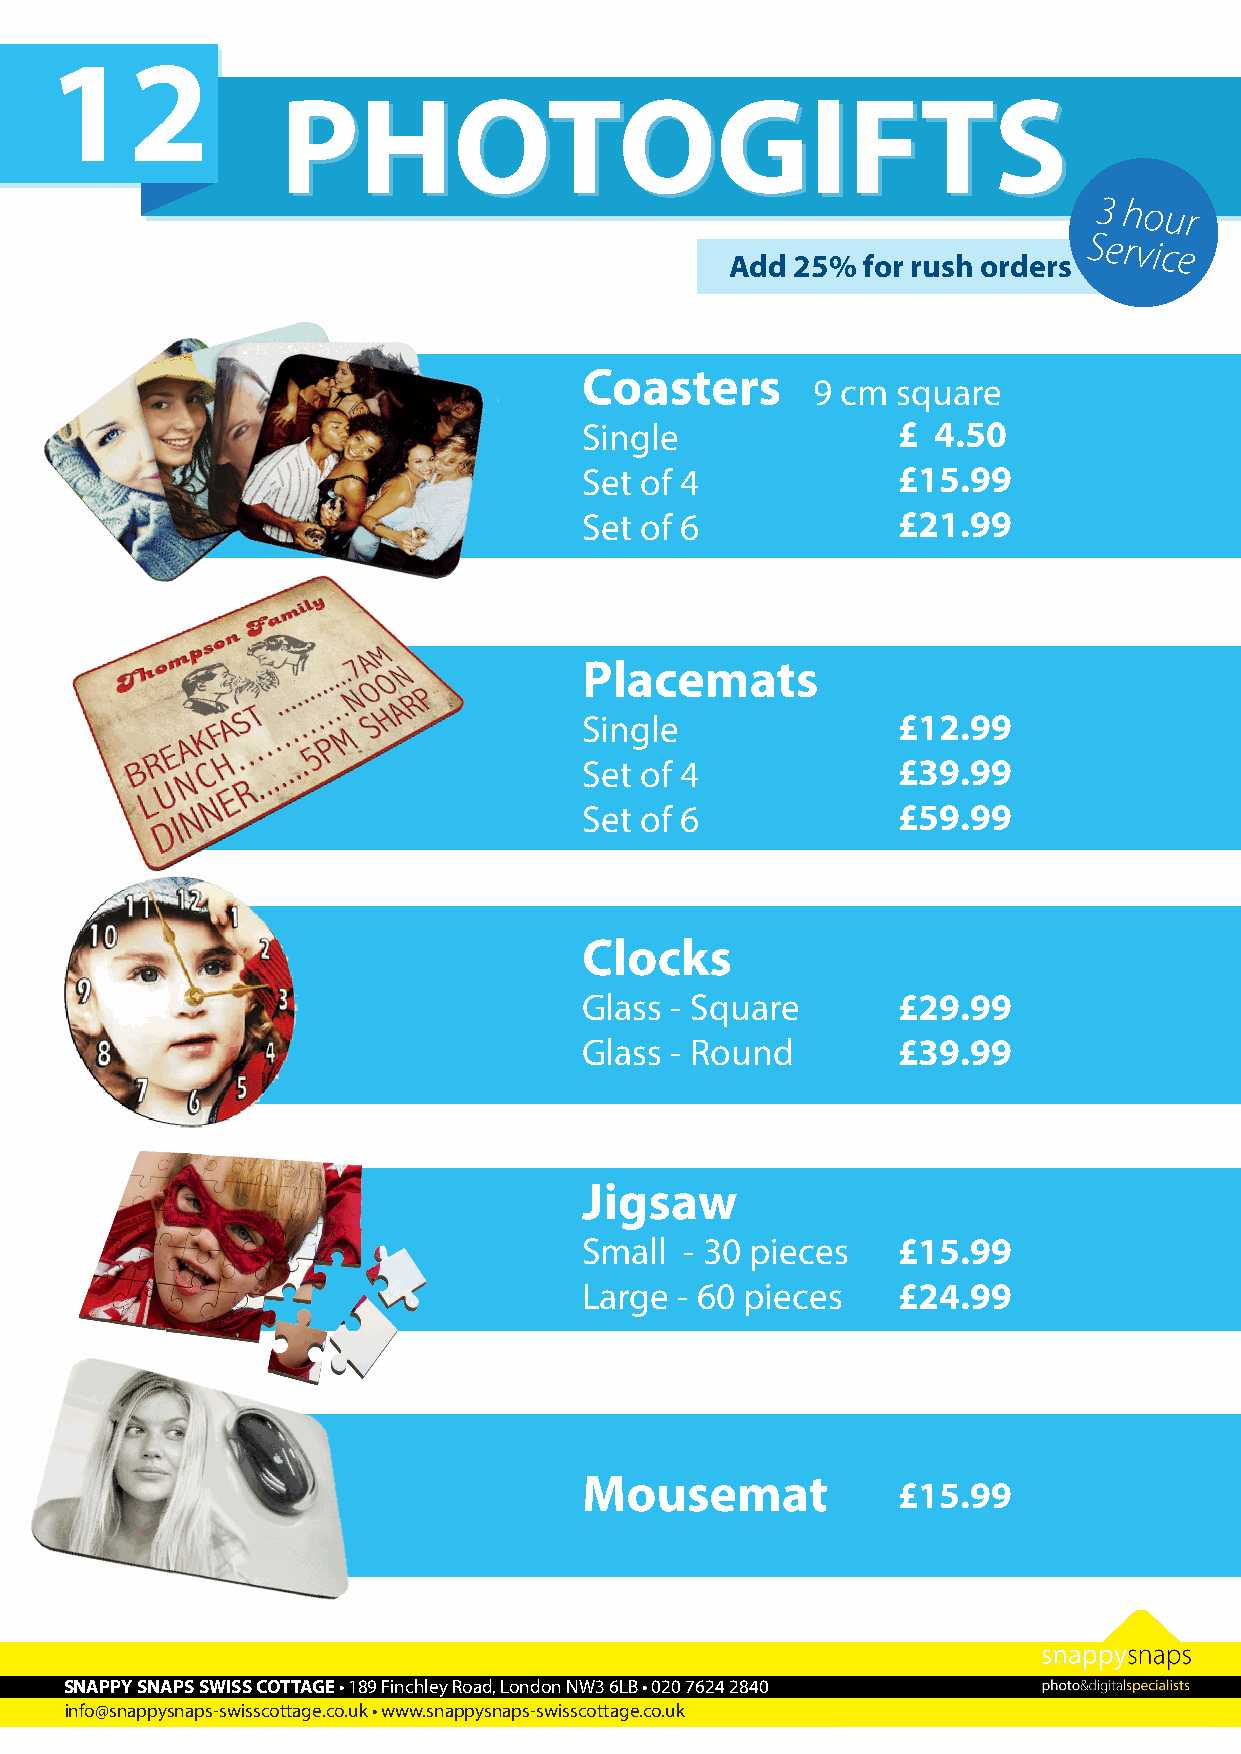
12
 PPHHOOTTOOGGIIFFTTSS
 3 hour
 Service
 Add  25% for rush orders
 Coasters
 9 cm square
 Single              £  4.50
 Set of 4            £15.99
 Set of 6            £21.99
 Placemats
 Single              £12.99
 Set of 4            £39.99
 Set of 6            £59.99
 Clocks
 Glass - Square      £29.99
 Glass - Round       £39.99
 Jigsaw
 Small - 30 pieces   £15.99
 Large - 60 pieces   £24.99
 Mousemat
 £15.99
 SNAPPY SNAPS SWISS COTTAGE • 189 Finchley Road, London NW3 6LB • 020 7624 2840
 info@snappysnaps-swisscottage.co.uk • www.snappysnaps-swisscottage.co.uk